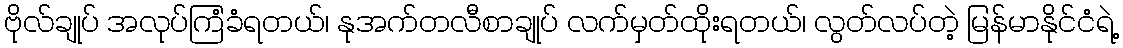
ဗိုလ်ချုပ် အလုပ်ကြံခံရတယ်၊ နုအက်တလီစာချုပ် လက်မှတ်ထိုးရတယ်၊ လွတ်လပ်တဲ့ မြန်မာနိုင်ငံရဲ့